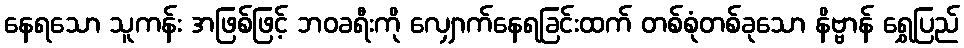
နေရသော သူကန်း အဖြစ်ဖြင့် ဘဝခရီးကို လျှောက်နေရခြင်းထက် တစ်စုံတစ်ခုသော နိဗ္ဗာန် ရွှေပြည်